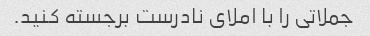
جملاتی را با املای نادرست برجسته کنید.